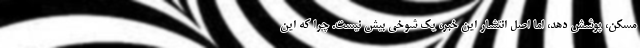
مسکن، پوشش دهد، اما اصل انتشار این خبر، یک شوخی بیش نیست. چرا که این